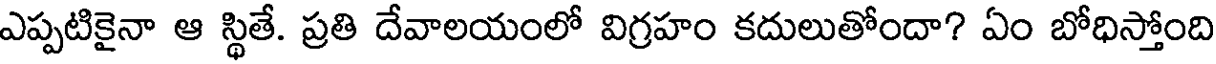
ఎప్పటికైనా ఆ స్థితే. ప్రతి దేవాలయంలో విగ్రహం కదులుతోందా? ఏం బోధిస్తోంది